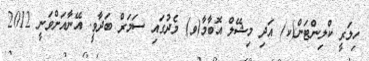
ހިލަރީ ކްލިންޓަން(ކ) އަދި މިޝޭލް އޮބާމާ(ވ) މެދުގައި ސަމަރް ބަދާވީ. އޭނާއަށްވަނީ 2012